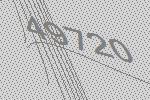
49720